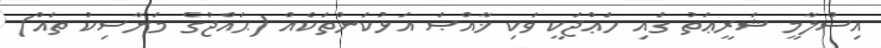
އިސްލާމީ ޝަރީޢަތު ގައި ހަޢްޖަކީ ވަކި ޚާއްޞަ އަޅުކަންތަކެއް (ޙައްޖުގެ މަަނާސިކު ތައް)